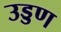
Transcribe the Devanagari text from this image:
उड्डण